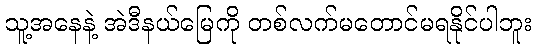
သူ့အနေနဲ့ အဲဒီနယ်မြေကို တစ်လက်မတောင်မရနိုင်ပါဘူး